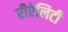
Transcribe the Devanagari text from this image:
रीऐलिटी